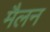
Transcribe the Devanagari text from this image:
मैलन